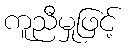
ကူညီမှုဖြင့်